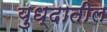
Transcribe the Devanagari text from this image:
युध्दातील